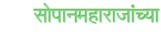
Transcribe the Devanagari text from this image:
सोपानमहाराजांच्या